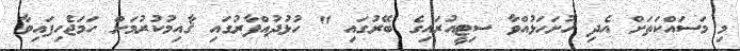
މި މަސައްކަތަށް އެދި ހުށަހަޅުއްވާ ސިޓީއުރައިގެ ބޭރުގައި " ހުޅުދުއްފާރުގައި ޤާއިމުކުރުމަށް ހަމަޖެހިފައިވާ